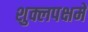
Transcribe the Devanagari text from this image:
शुक्लपक्षमे